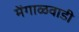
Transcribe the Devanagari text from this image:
मेंगाळवाडी